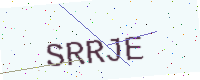
Text: SRRJE